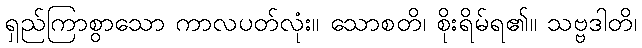
ရှည်ကြာစွာသော ကာလပတ်လုံး။ သောစတိ၊ စိုးရိမ်ရ၏။ သဗ္ဗဒါတိ၊